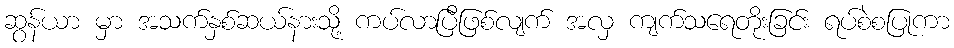
ဆွန်ယာ မှာ အသက်နှစ်ဆယ်နားသို့ ကပ်လာပြီဖြစ်လျက် အလှ ကျက်သရေတိုးခြင်း ရပ်စဲစပြုကာ